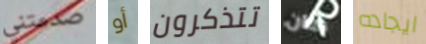
صدمتني أو تتذكرون كان ايجاده